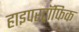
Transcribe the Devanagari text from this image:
हाइपरट्रॉफिक